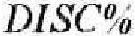
DISC%